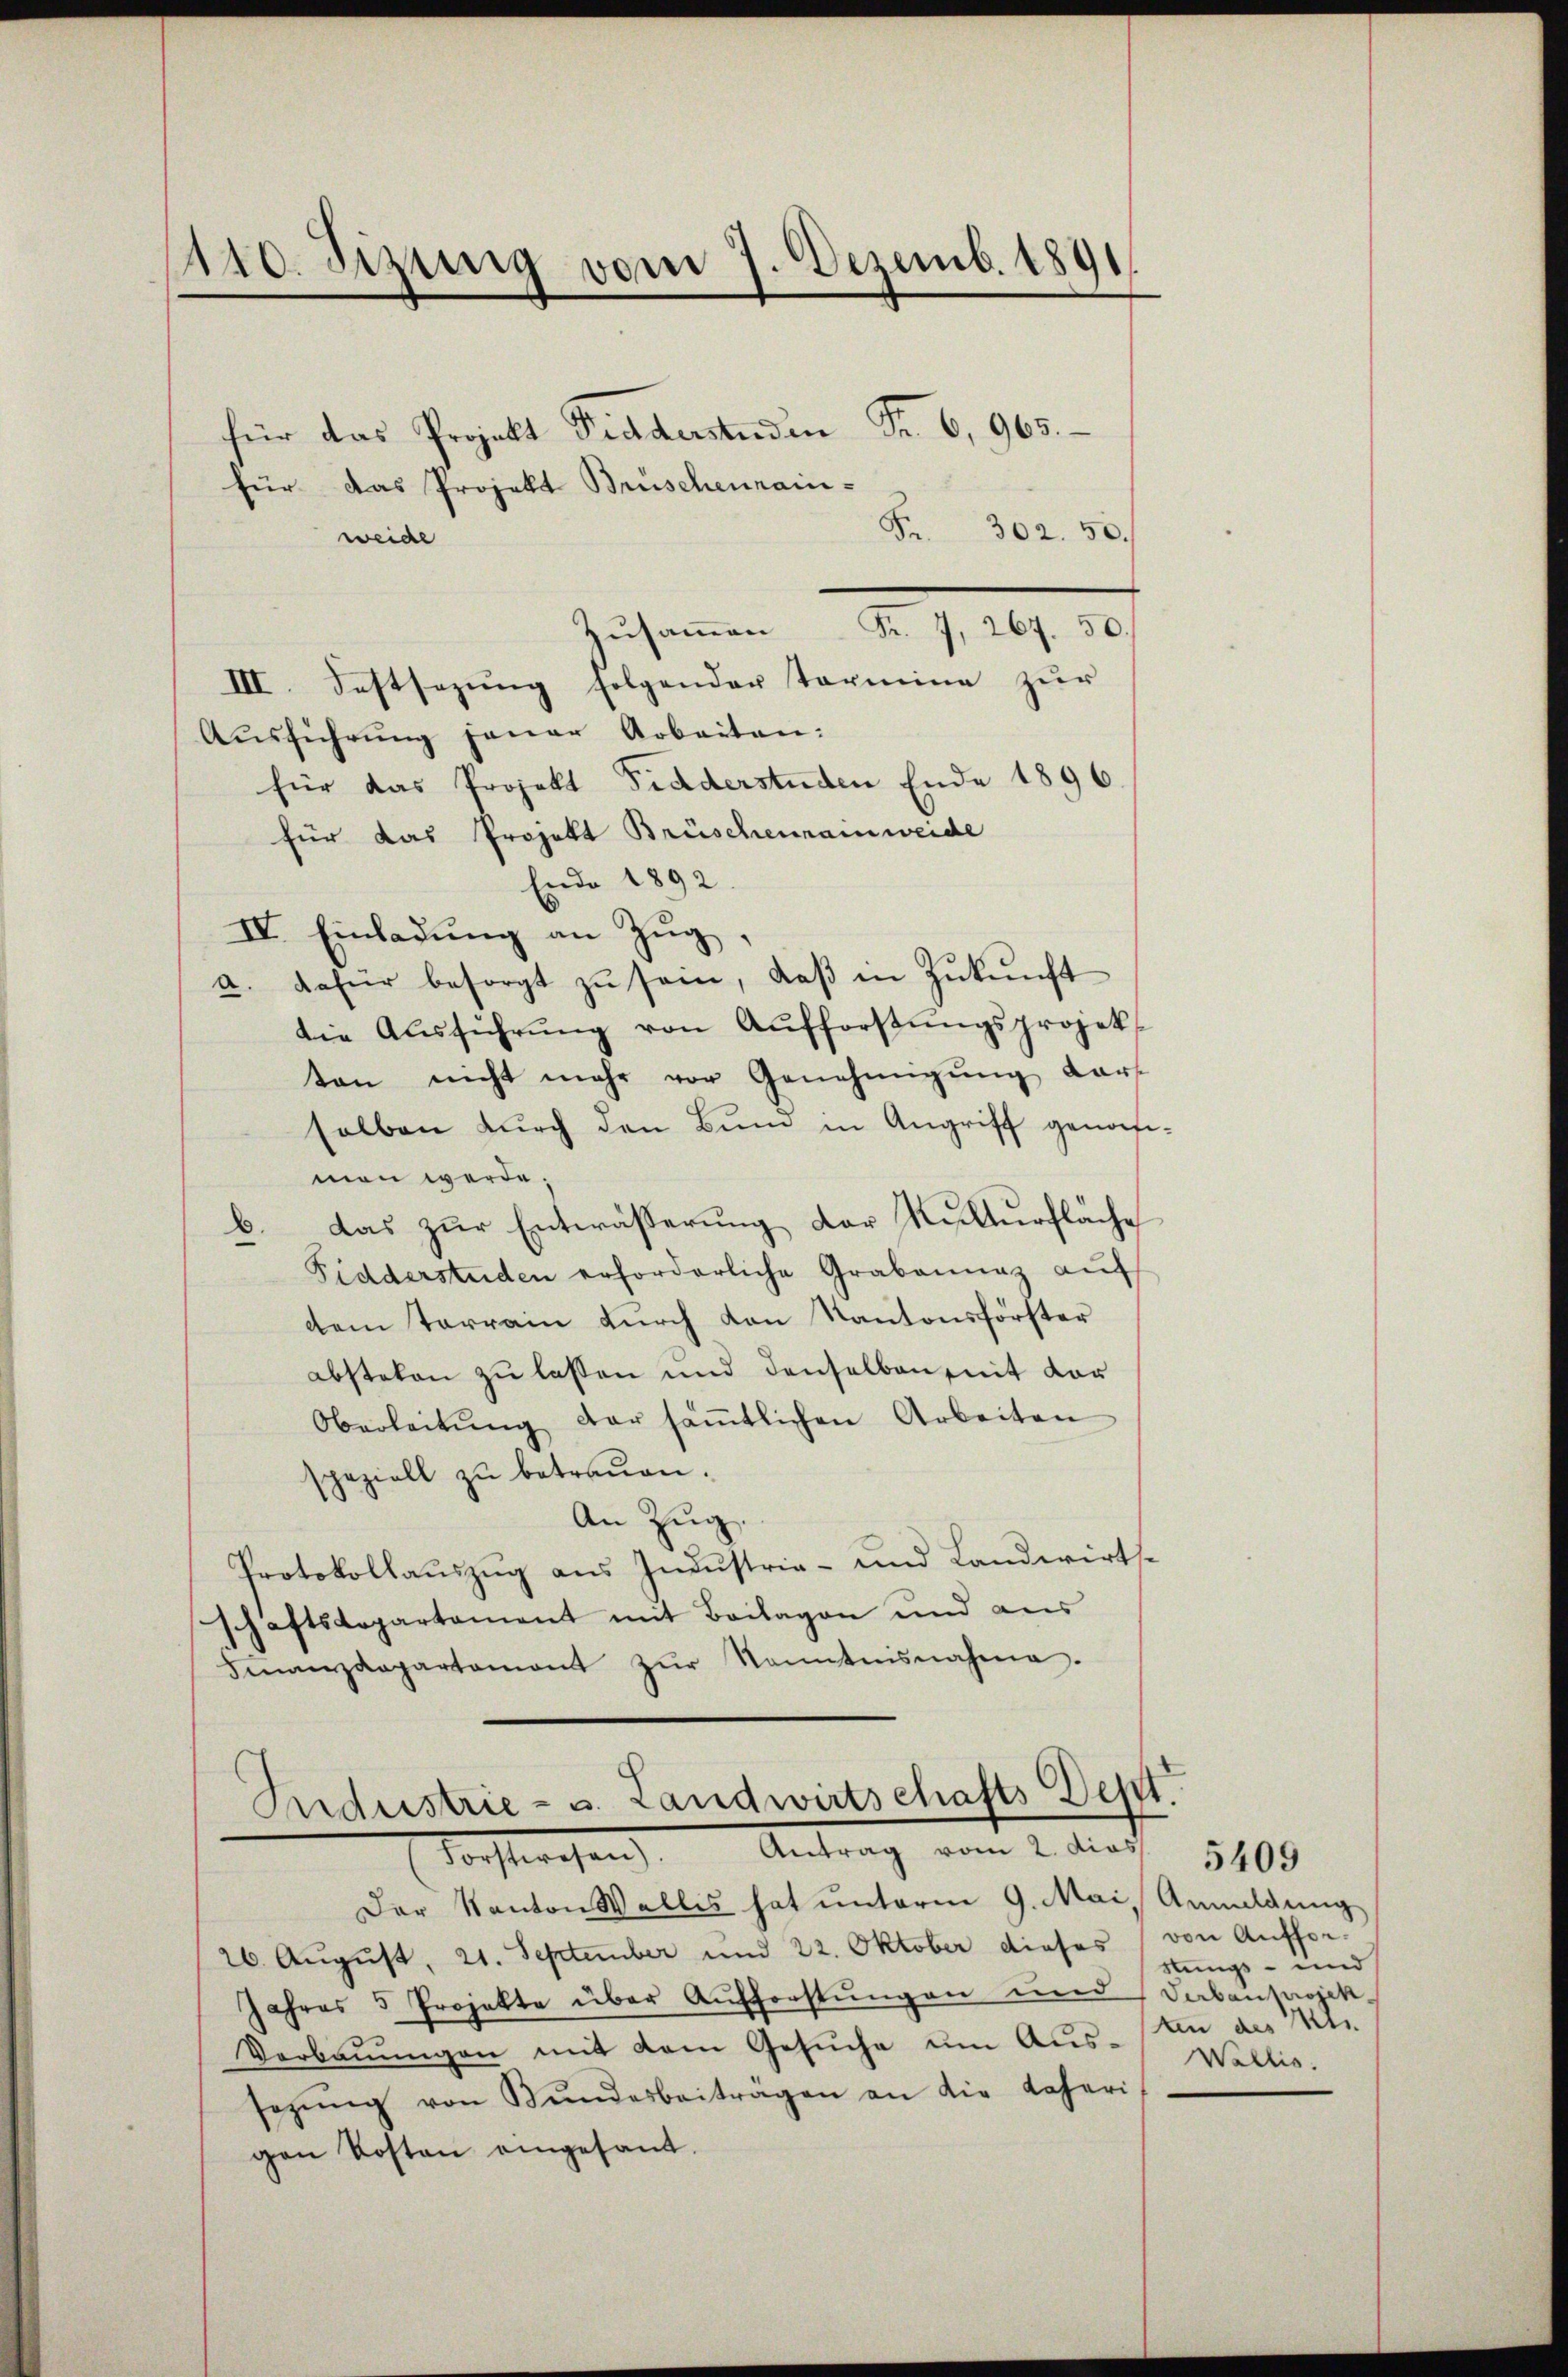
1140. Sizung vom 7. Dezemb. 1891
4

für das Projekt Piddersenden Fr. 6, 965.
für das Projekt Brüschenrain-
Fr. 302. 50.
weide
Zusammen Fr. 7, 267. 50.
III. Festsezung folgender Termine zur
Aŭsführŭng jener Arbeiten:
für das Projekt Graderstuden Ende 1896
für das Projekt Brüschenrainweide
Ende 1892.
IV. Einladung an Zug,
a. dafür besorgt zŭ sein, daβ in Zŭkŭnft
die Aŭsführŭng von Aufforstŭngsprojekt
ten nicht mehr vor Genehmigŭng darf
selben durch den Bum in Angriff genommen werde;
b. das zur Entwässerung der Kulturfläche
Fidderstuden erforderliche Grabannaz aŭf
dem Terrain durch den Kantonsförster
abstehen zu lassen und denselben mit der
Oberleitŭng der säṁtlichen Arbeiten
speziell zu betreuen.
An Zug.
Protokollaŭszŭg aŭs Indŭstria- und Landwirts-
schaftsdepartament mit Beilagen und aus
Finanzdepartamant zŭr Kenntnisnahme.

Industrie - u. Landwirtschafts Dept.
Antrag vom 2. das
Tochteresen

Der Kanton Walles hat unterm 9. Mai, Anmeldung
26. August, 21. September und 22. Oktober dieses (von Auffor-
Jahres 5 Projekte über Aufforstungen und Verbauprojek¬
Verbauungen mit dem Gesuche um Aussezŭng von Bŭndesbeiträgen an die daheri
gen Kosten eingesant.

stungs- und
ten des Mi
Wallis.

5409